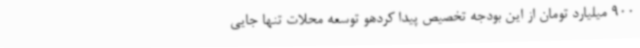
900 میلیارد تومان از این بودجه تخصیص پیدا کردهو توسعه محلات تنها جایی